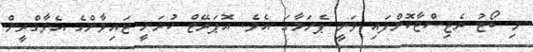
މި ބޯޓު ރެޖިސްޓާކޮށްފައި ވަނީ ޕެނަމާގަ އެވެ. އޮޕަރޭޓް ކުރަނީ ޓައިވާންގެ އެވާގްރީން